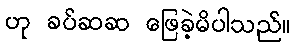
ဟု ခပ်ဆဆ ဖြေခဲ့မိပါသည်။